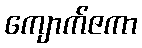
ကျောက်ဇကာ